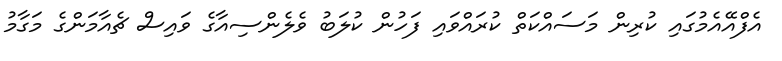
އެފްއޭއެމުގައި ކުރިން މަސައްކަތް ކުރައްވައި ފަހުން ކުލަބު ވެލެންސިއާގެ ވައިސް ޗެއާމަންގެ މަގާމު